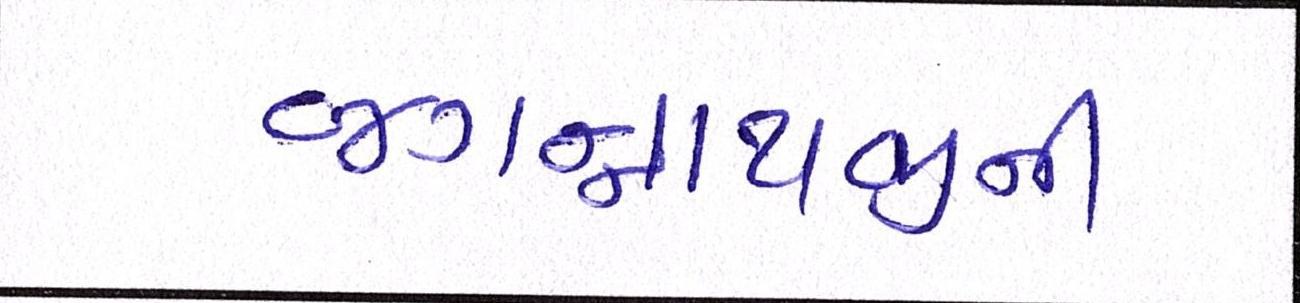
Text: જગન્નાથજીની